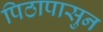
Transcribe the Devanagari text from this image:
पिठापासुन